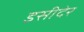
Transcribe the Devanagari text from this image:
इसीदेर